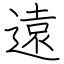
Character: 遠